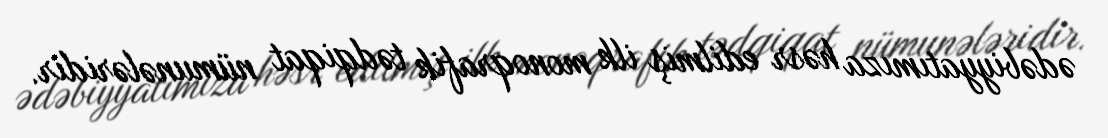
ədəbiyyatımıza həsr edilmiş ilk monoqrafik tədqiqat nümunələridir.